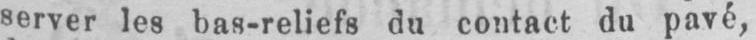
server les bas-reliefs du contact du pavé,